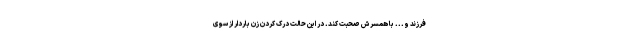
فرزند و... با همسرش صحبت کند. در این حالت درک کردن زن باردار از سوی